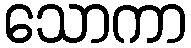
သောကာ